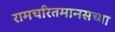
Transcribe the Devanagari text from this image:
रामचरितमानसच्या